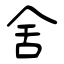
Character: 舎